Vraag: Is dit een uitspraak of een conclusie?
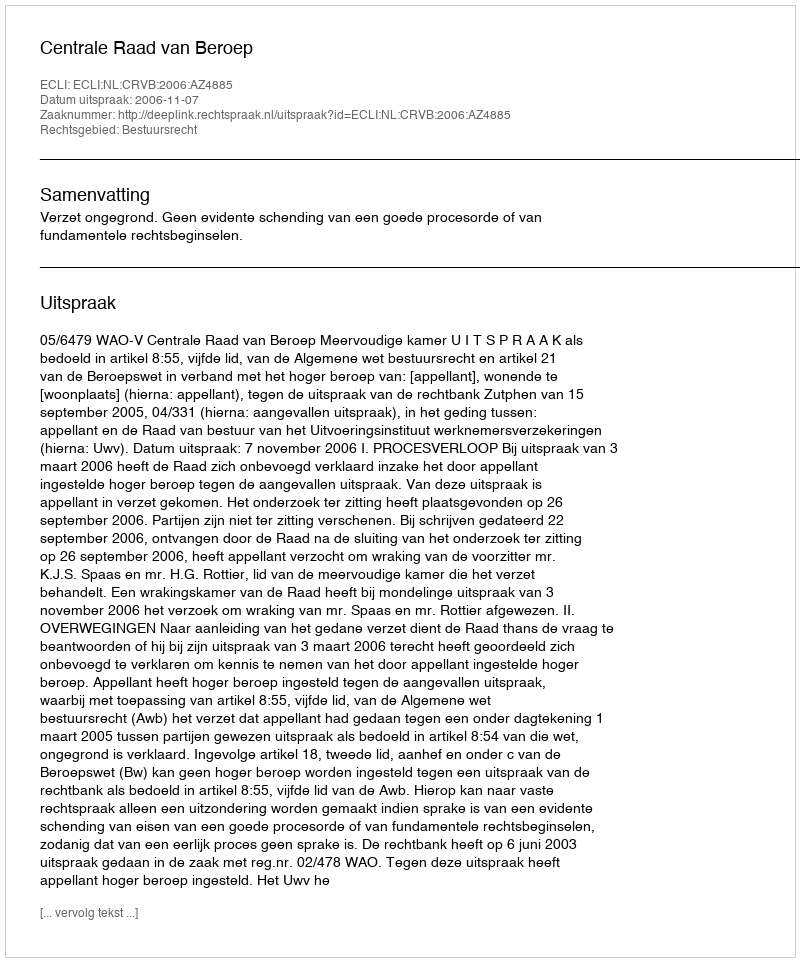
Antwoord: Uitspraak